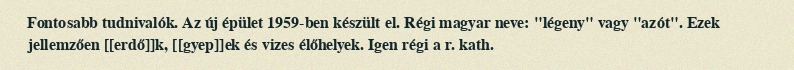
Fontosabb tudnivalók. Az új épület 1959-ben készült el. Régi magyar neve: "légeny" vagy "azót". Ezek jellemzően [[erdő]]k, [[gyep]]ek és vizes élőhelyek. Igen régi a r. kath.